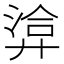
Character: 𢍡